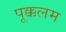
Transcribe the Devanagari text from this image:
पूक्कलम